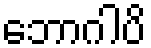
ဘောဂါပိ